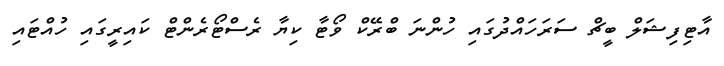
އާޓިފިޝަލް ބީޗް ސަރަހައްދުގައި ހުންނަ ބްރޭކް ވޯޓާ ކިޔާ ރެސްޓޯރެންޓް ކައިރީގައި ހުއްޓައި